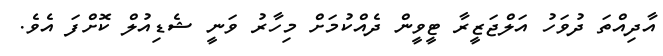
އާދިއްތަ ދުވަހު އަލްޖަޒީރާ ޓީވީން ދެއްކުމަށް މިހާރު ވަނީ ޝެޑިއުލް ކޮށްފަ އެވެ.